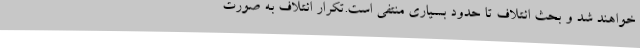
خواهند شد و بحث ائتلاف تا حدود بسیاری منتفی است.تکرار ائتلاف به صورت